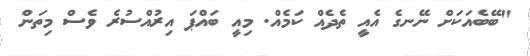
"ބޭބެއަކަށް ނޭނގެ އެއީ ތެދެއް ކަމެއް. މިއީ ބައްޕަ އިރުއްސުރެ ވެސް މިތަން